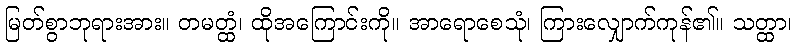
မြတ်စွာဘုရားအား။ တမတ္ထံ၊ ထိုအကြောင်းကို။ အာရောစေသုံ၊ ကြားလျှောက်ကုန်၏။ သတ္ထာ၊